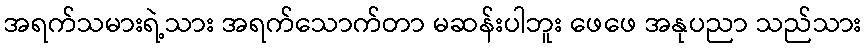
အရက်သမားရဲ့သား အရက်သောက်တာ မဆန်းပါဘူး ဖေဖေ အနုပညာ သည်သား